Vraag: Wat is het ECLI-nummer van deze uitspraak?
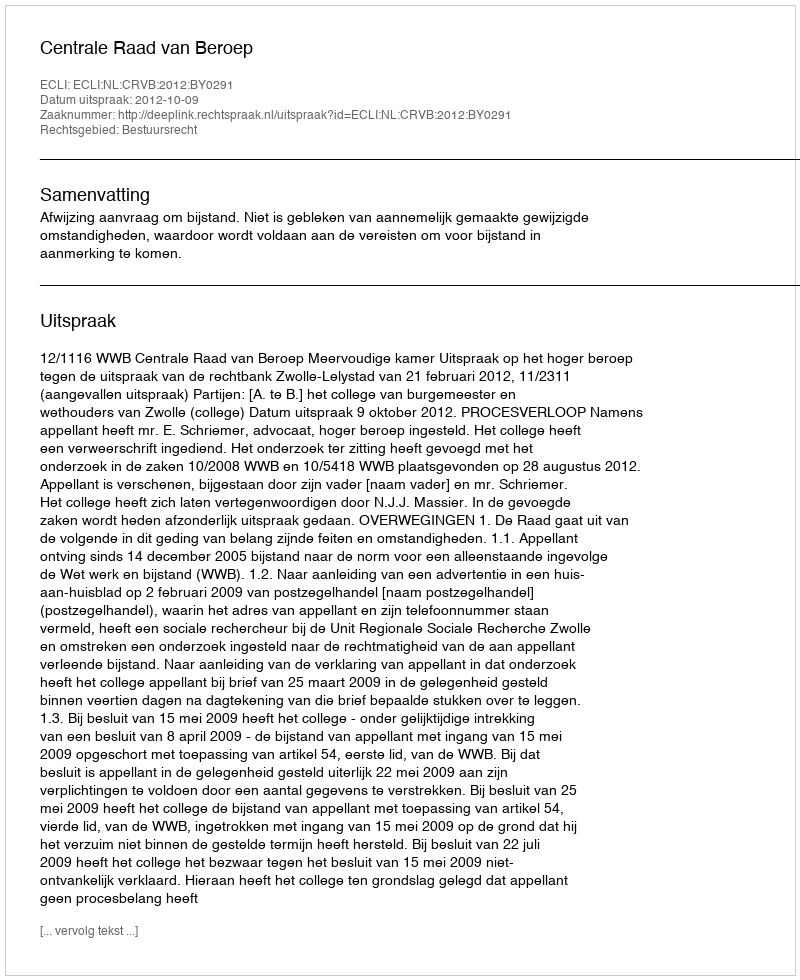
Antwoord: ECLI:NL:CRVB:2012:BY0291